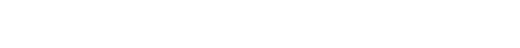
ဘိက္ခဝေ၊ ရဟန်းတို့။ ယံဣဒံဣတ္ထိသဒ္ဒံ၊ အကြင်မိန်းမ၏အသံ သည်။ အတ္ထိ၊ ရှိ၏။ ဣဒံ၊